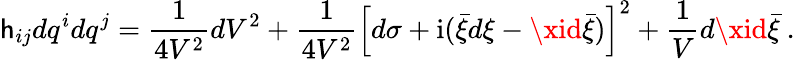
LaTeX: \mathsf{h}_{ij}dq^{i}dq^{j}=\frac{{1}}{{4V^{2}}}dV^{2}+\frac{{1}}{{4V^{2}}}\left[d\sigma+\mathrm{{i}}(\bar{{\xi}}d\xi-\xid\bar{{\xi}})\right]^{2}+\frac{{1}}{{V}}d\xid\bar{{\xi}}\ .